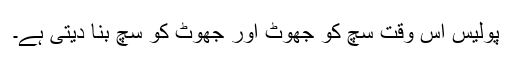
پولیس اس وقت سچ کو جھوٹ اور جھوٹ کو سچ بنا دیتی ہے۔